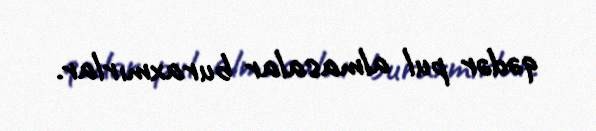
qədər pul almasalar buraxmırlar.